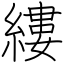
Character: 縷